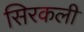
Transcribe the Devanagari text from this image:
सिरकली